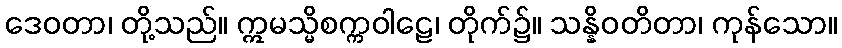
ဒေဝတာ၊ တို့သည်။ ဣမသ္မိစက္ကဝါဠေ၊ တိုက်၌။ သန္နိဝတိတာ၊ ကုန်သော။